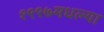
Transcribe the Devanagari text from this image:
१९९७मधल्या